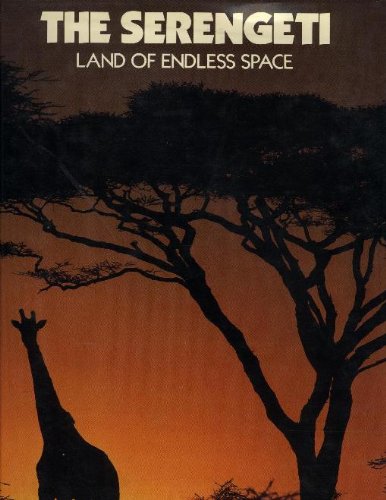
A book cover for The Serengeti: Land of Endless Space (Elmtree Africana); SVEN-OLOF LINDBLAD, ALLAN EARNSHAW, SANDY EARNSHAW, GEORGE B. SCHALLER (FOREWORD) LISA LINDBLAD; Travel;